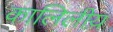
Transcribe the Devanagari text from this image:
कालिलीय